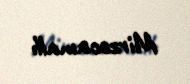
Mirzəcamallı